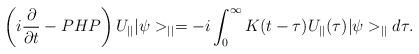
LaTeX: \begin{align*}\left(i\frac{\partial}{\partial t}-PHP\right)U_{||}|\psi>_{||}=-i\int_{0}^{\infty}K(t-\tau)U_{||}(\tau)|\psi>_{||}d\tau.\end{align*}